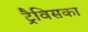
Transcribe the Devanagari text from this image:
ट्रैविसका